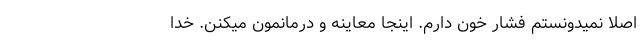
اصلاً نمیدونستم فشار خون دارم. اینجا معاینه‌ و درمانمون میکنن. خدا